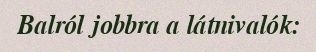
Balról jobbra a látnivalók: